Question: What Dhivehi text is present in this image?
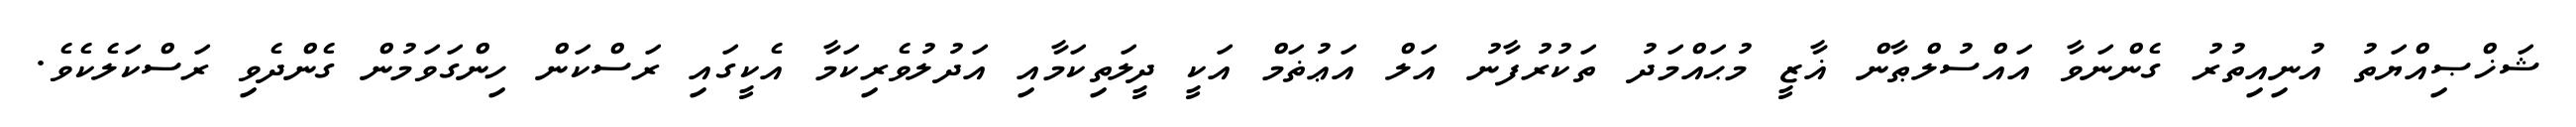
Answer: ޝަޚްޞިއްޔަތު އުނިއިތުރު ގެންނަވާ އައްސުލްޠާން ޣާޒީ މުޙައްމަދު ތަކުރުފާނު އަލް އަޢުޡަމް އަކީ ދީލަތިކަމާއި އަދުލުވެރިކަމާ އެކީގައި ރަސްކަން ހިންގަވަމުން ގެންދެވި ރަސްކަލެކެވެ.